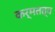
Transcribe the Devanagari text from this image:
कर्मतत्व